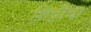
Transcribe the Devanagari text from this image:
शिट्टीचा